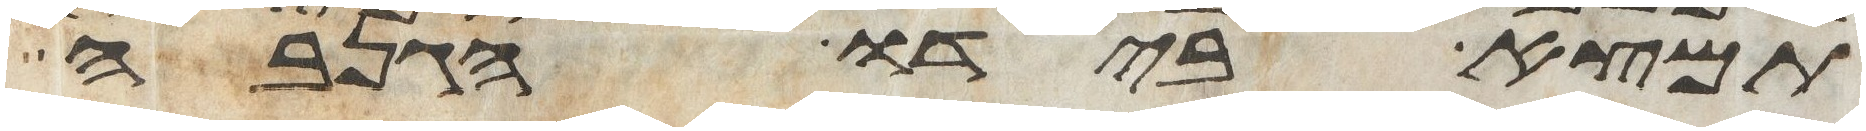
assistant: תמצא בידו הגנבה